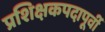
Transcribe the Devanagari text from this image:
प्रशिक्षकपदापूर्वी